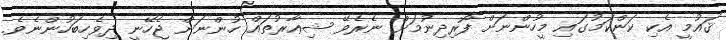
ޤައުމީ އެކި ކަންކަމުގައި މީހުންނަށް ފޯރިދިނުމަށް ނެރެވޭ ޝިޢާރުތައް ހުންނަން ޖެހޭނީ ދިވެހިބަހުންނެވެ.